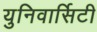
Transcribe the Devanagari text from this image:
युनिवार्सिटी